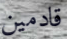
قادمين